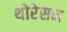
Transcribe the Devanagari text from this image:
थोरेसन